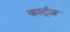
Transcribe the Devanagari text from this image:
कार्ट्ज़